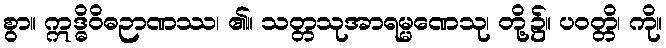
စွာ။ ဣဒ္ဓိဝိဓဉာဏဿ၊ ၏။ သတ္တသုအာရမ္မဏေသု၊ တို့၌။ ပဝတ္တိ၊ ကို။